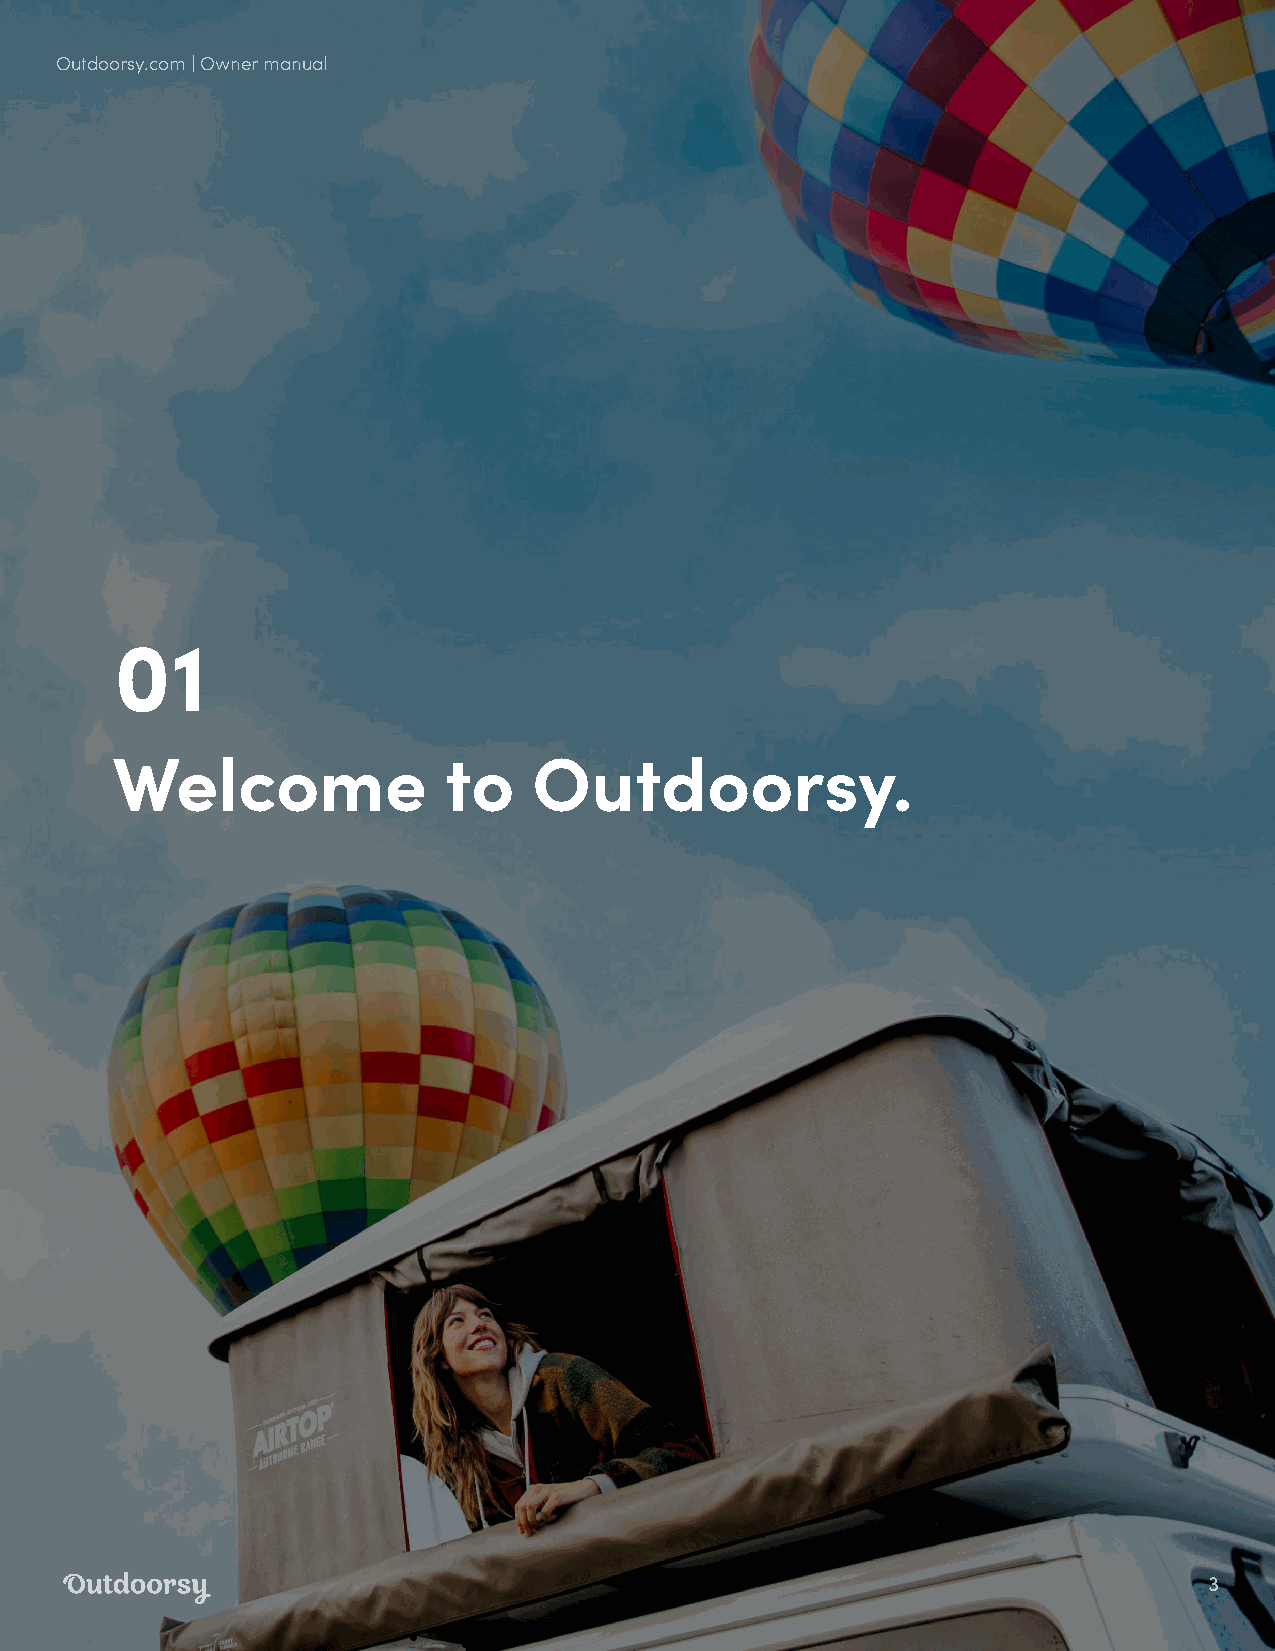
Outdoorsy.com | Owner manual
 01
 Welcome               to    Outdoorsy.
 3